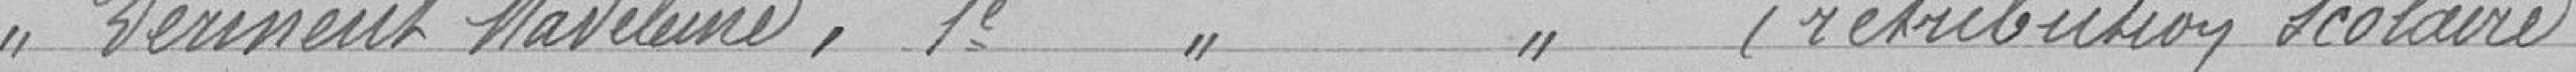
Melle VERENENT Madeleine, 1ère année secondaire   (rétribution scolaire)  126 francs